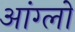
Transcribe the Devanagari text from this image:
आंग्लों